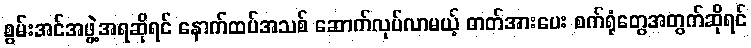
စွမ်းအင်အဖွဲ့အရဆိုရင် နောက်ထပ်အသစ် ဆောက်လုပ်လာမယ့် ဓာတ်အားပေး စက်ရုံတွေအတွက်ဆိုရင်